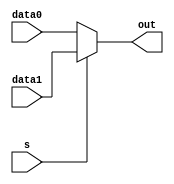
`timescale 1ns / 1ps
//////////////////////////////////////////////////////////////////////////////////
// Company: 
// Engineer: 
// 
// Design Name: 
// Module Name: MUX25
// Project Name: 
// Target Devices: 
// Tool Versions: 
// Description: 
// 
// Dependencies: 
// 
// Revision:
// Revision 0.01 - File Created
// Additional Comments:
// 
//////////////////////////////////////////////////////////////////////////////////


module MUX25(
    input       [4:0]  data0,
    input       [4:0]  data1,
    input               s,
    output      [4:0]  out  
    );
    assign out=(s)?data1:data0;
endmodule